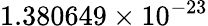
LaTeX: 1.380649\times 10^{-23}